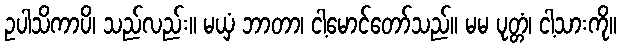
ဥပါသိကာပိ၊ သည်လည်း။ မယှံ ဘာတာ၊ ငါ့မောင်တော်သည်။ မမ ပုတ္တံ၊ ငါ့သားကို။